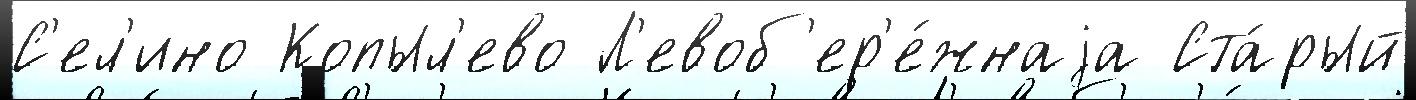
С'ел'ино Копыл'ево Л'евоб'ер'е́жнаjа Ста́рый